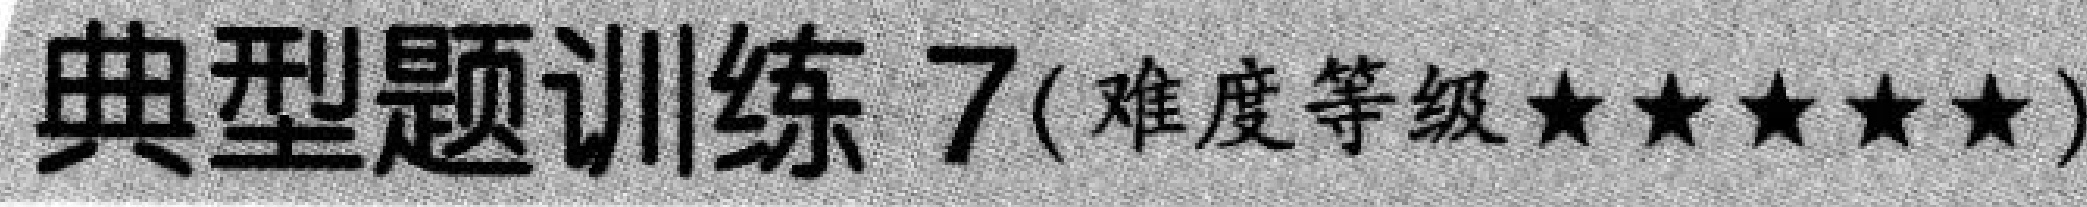
典型题训练 7(难度等级★★★★★)